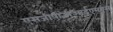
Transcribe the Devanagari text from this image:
एसजीपीजीआईएमएस